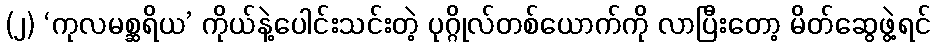
(၂) ‘ကုလမစ္ဆရိယ’ ကိုယ်နဲ့ပေါင်းသင်းတဲ့ ပုဂ္ဂိုလ်တစ်ယောက်ကို လာပြီးတော့ မိတ်ဆွေဖွဲ့ရင်